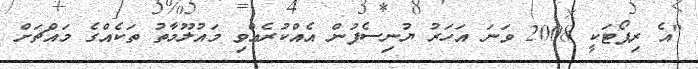
"އެ ރިޕޯޓަކީ 2008 ވަނަ އަހަރު ޔުނިސެފުން އެއްކުރެއްވި މައުލޫމާތު ތަކެއްގެ މައްޗަށް